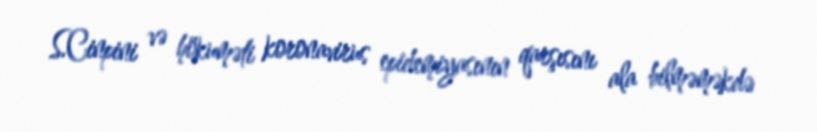
S.Cinpini və hökuməti koronavirus epidemiyasının qarşısını ala bilməməkdə